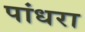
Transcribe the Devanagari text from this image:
पांधरा